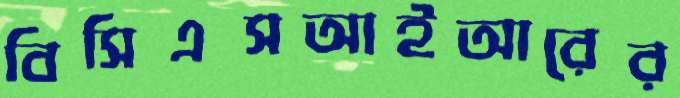
বিসিএসআইআরের